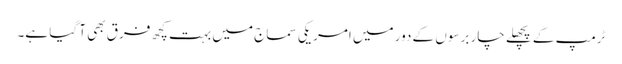
ٹرمپ کے پچھلے چار برسوں کے دور میں امریکی سماج میں بہت کچھ فرق بھی آ گیا ہے۔